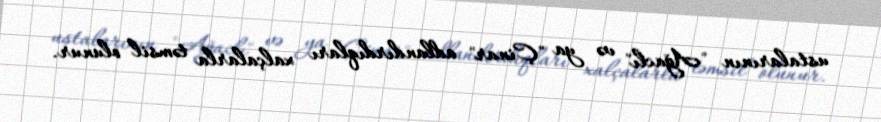
ustalarının "Ağaclı" və ya "Çinar" adlandırdıqları xalçalarla təmsil olunur.